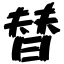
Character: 替